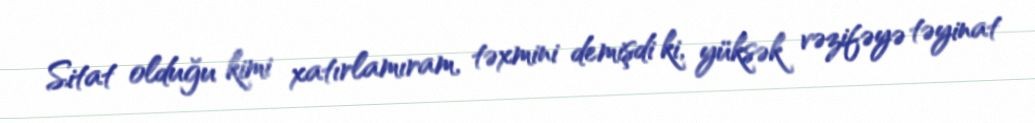
Sitat olduğu kimi xatırlamıram, təxmini demişdi ki, yüksək vəzifəyə təyinat